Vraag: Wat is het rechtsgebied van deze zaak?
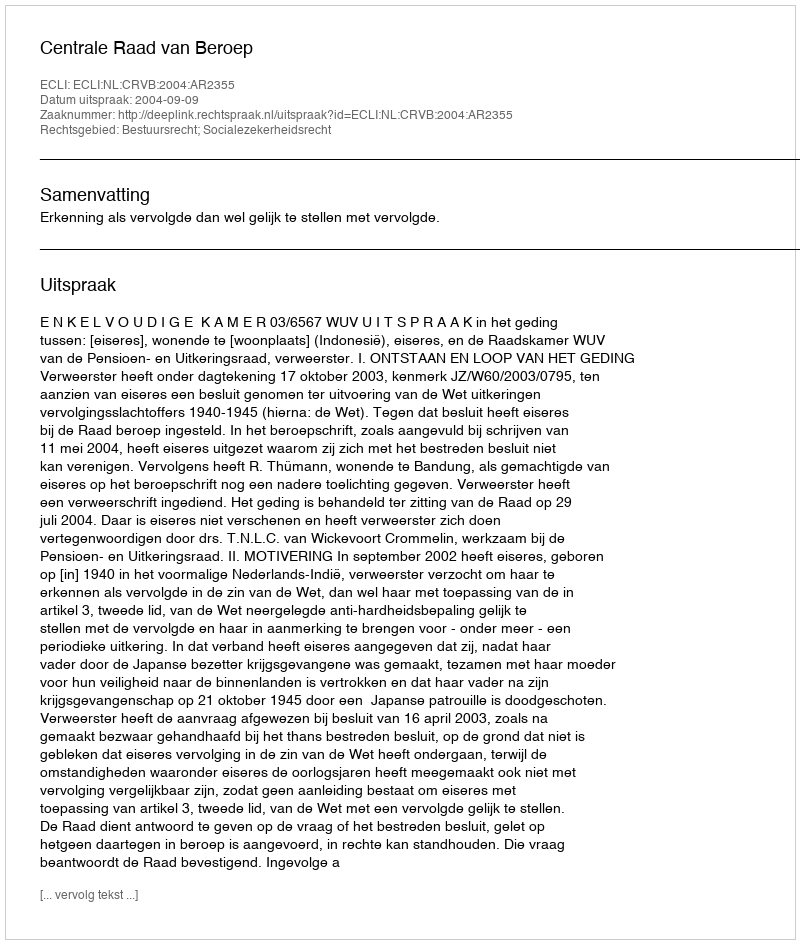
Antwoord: Bestuursrecht; Socialezekerheidsrecht